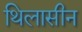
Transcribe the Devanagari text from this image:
थिलासीन